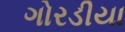
ગોરડીયા